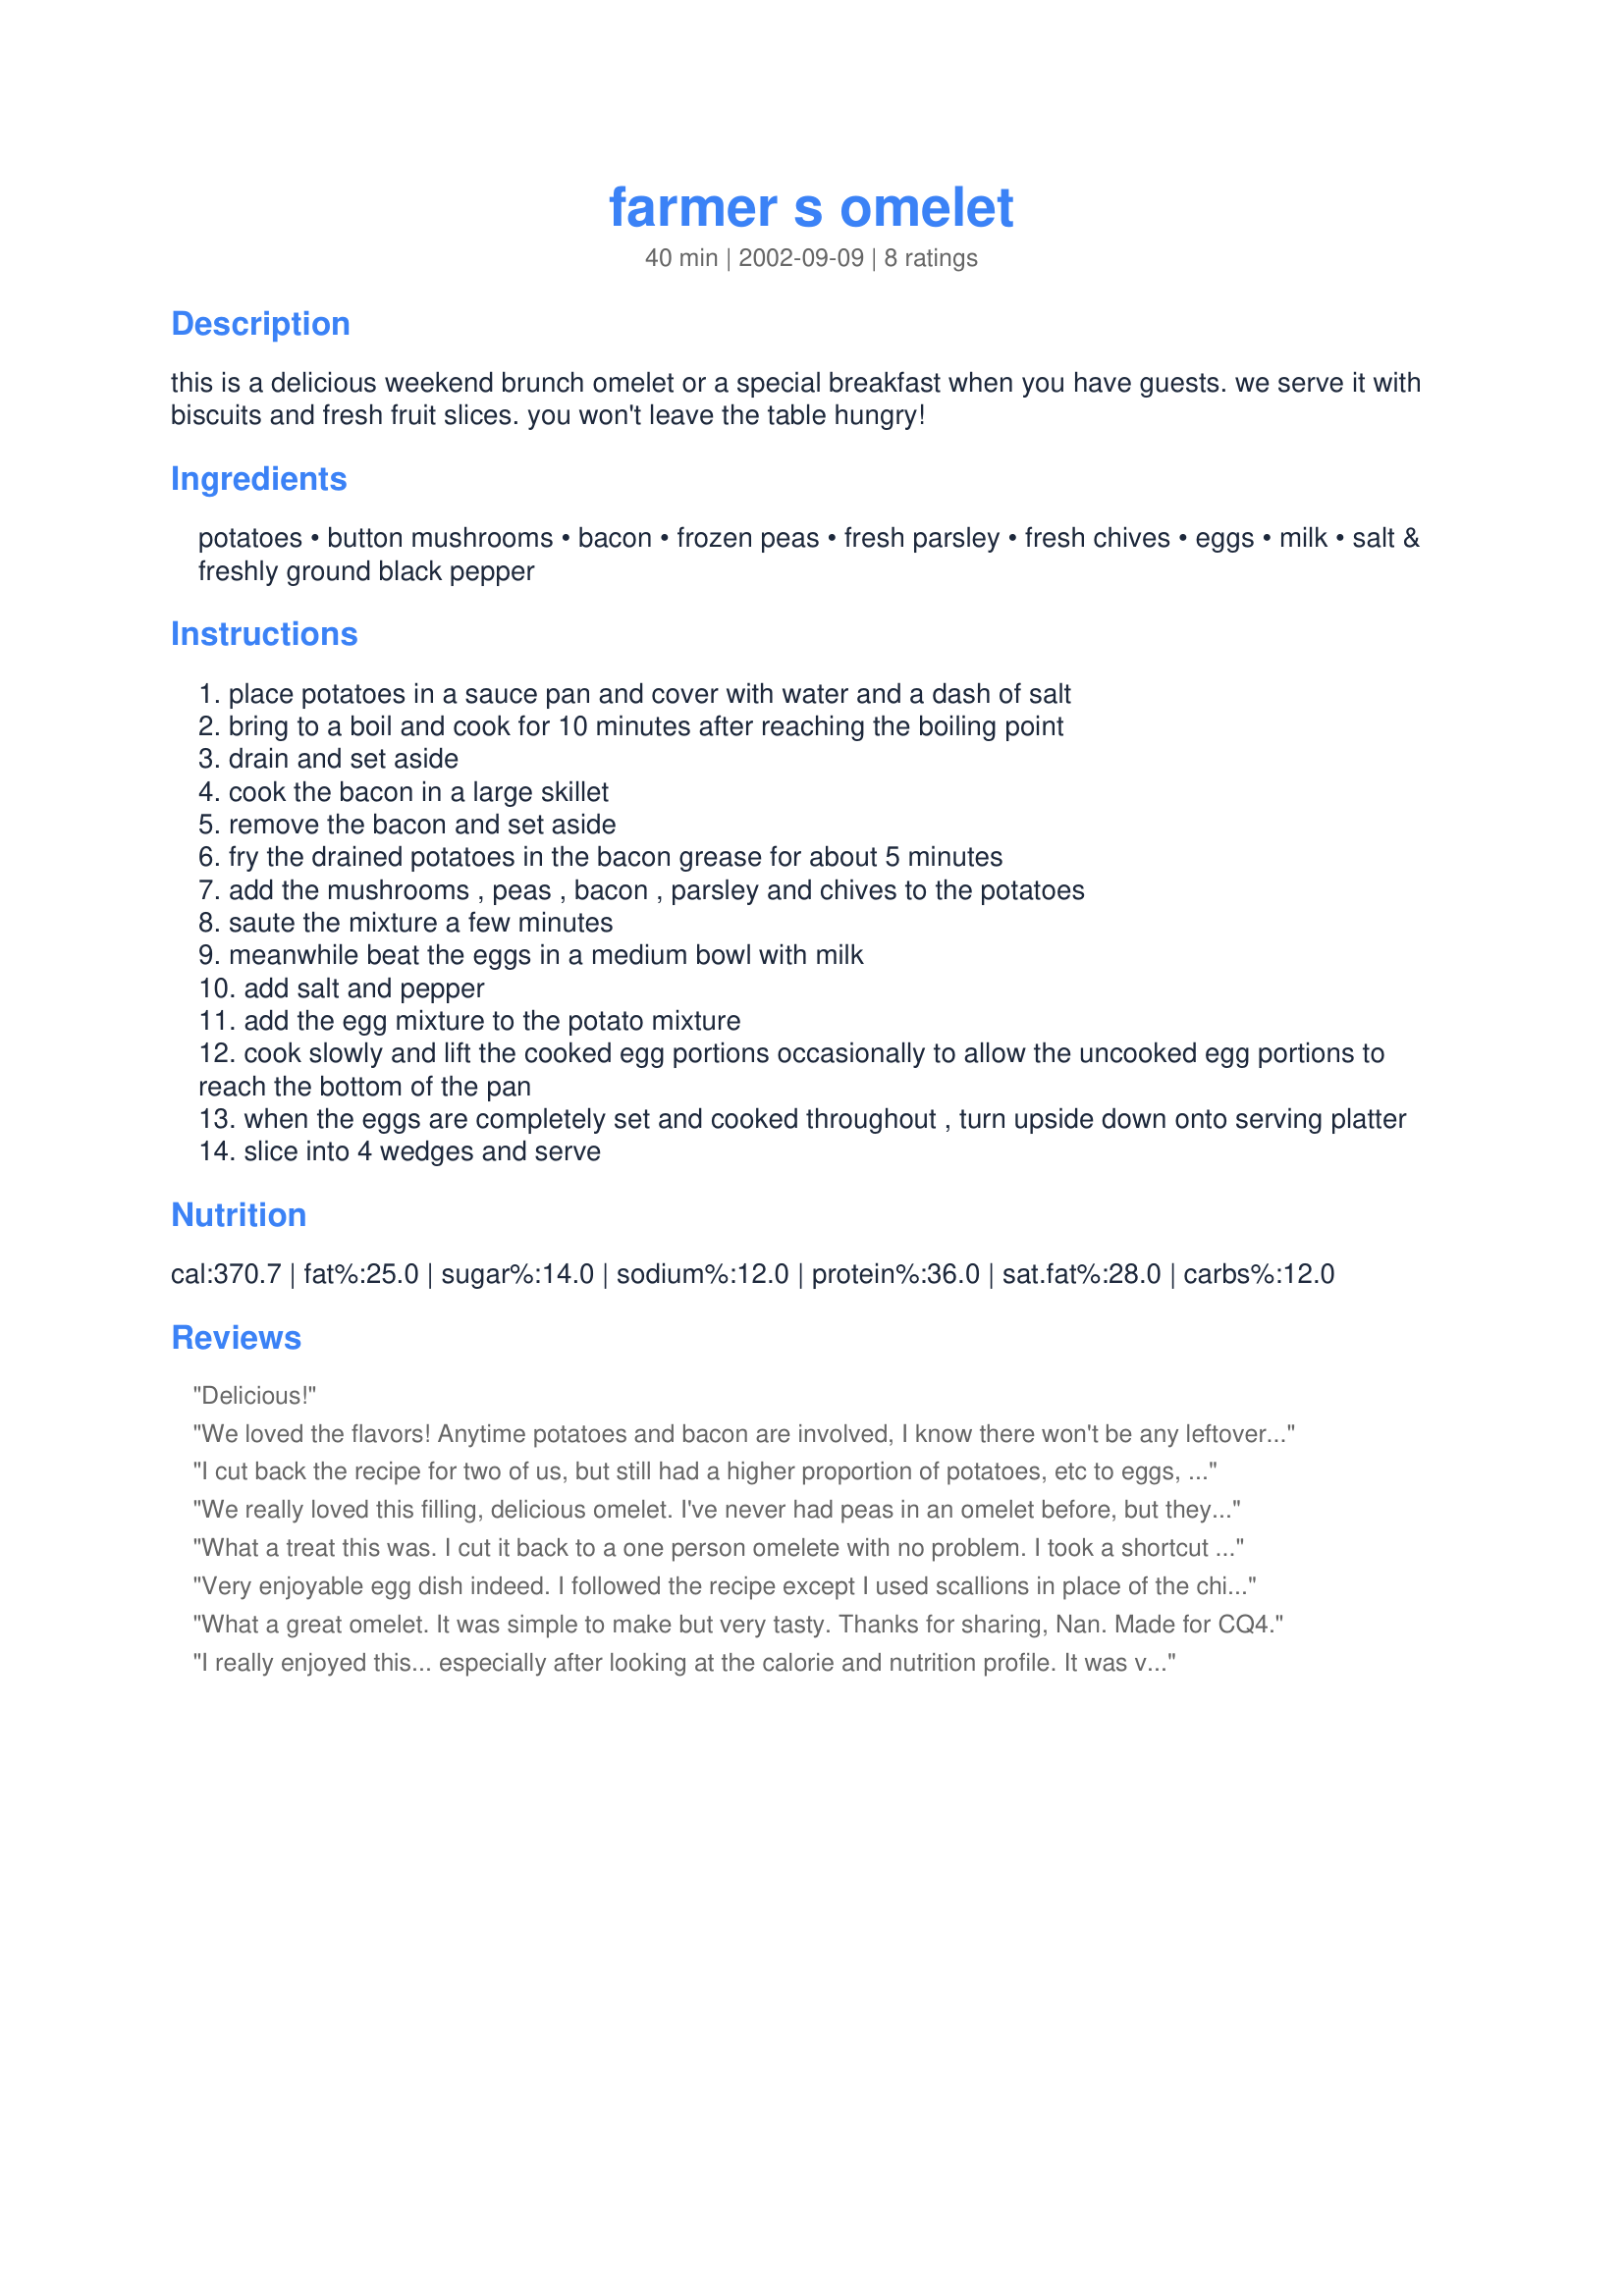
farmer s omelet
Preparation time: 40 minutes

this is a delicious weekend brunch omelet or a special breakfast when you have guests. we serve it with biscuits and fresh fruit slices. you won't leave the table hungry!

Ingredients:
potatoes, button mushrooms, bacon, frozen peas, fresh parsley, fresh chives, eggs, milk, salt & freshly ground black pepper

Steps:
place potatoes in a sauce pan and cover with water and a dash of salt
bring to a boil and cook for 10 minutes after reaching the boiling point
drain and set aside
cook the bacon in a large skillet
remove the bacon and set aside
fry the drained potatoes in the bacon grease for about 5 minutes
add the mushrooms , peas , bacon , parsley and chives to the potatoes
saute the mixture a few minutes
meanwhile beat the eggs in a medium bowl with milk
add salt and pepper
add the egg mixture to the potato mixture
cook slowly and lift the cooked egg portions occasionally to allow the uncooked egg portions to reach the bottom of the pan
when the eggs are completely set and cooked throughout , turn upside down onto serving platter
slice into 4 wedges and serve

Reviews:
Delicious!
We loved the flavors! Anytime potatoes and bacon are involved, I know there won't be any leftovers. I made the full recipe for 2 people and we ate it all! The only change I'll make next time is to turn this into a scrambled eggs recipe. By the time the thick layer of egg mixture was cooked, the bottom had almost burned. I was able to take that layer off and all was good, but next time I think I'll just scramble the eggs into the veggie/bacon mixture. Thank you for such a yummy breakfast treat!
I cut back the recipe for two of us, but still had a higher proportion of potatoes, etc to eggs, so my &quot;omelet&quot; turned into a &quot;scramble&quot; but that's ok - the taste was the same and it was great!!! I also happened to have bacon flavored salt and used that, too! Made for CQ4
We really loved this filling, delicious omelet. I've never had peas in an omelet before, but they worked really well with the mushrooms, bacon, and potates. I made it in my cast iron skillet and after adding the eggs, I cooked it on the stovetop until the bottom was set. I then put it under the broiler to finish cooking. I ate my plain, but my hubby put salsa on his (I doubt the Welsh do this). **Made for 2017 Culinary Quest - Wales for the Smok'in Chefs**
 What a treat this was. I cut it back to a one person omelete with no problem. I took a shortcut with the potatoes - I always make some extra oven fries on Saturday night and then warm them as hash browns for sunday Brunch - worked in this recipe too Thanks PanNam for a lovely Brinch
Very enjoyable egg dish indeed. I followed the recipe except I used scallions in place of the chives and crisped up the potatoes separately and again with the mushrooms. Because of the volume, it is quite difficult to roll it out of the skillet to form it into an omelet, therefore it was served as more of a frittata. Next time I will cook the egg mixture separately, top it with the filling and then roll it, but frittata is just fine too! Either way it is tasty and filling. We had it for a breakfast for dinner meal along with some French Toast. Thank you Pan Nan for sharing. Made it for CQ4, 2017 - Wales.
What a great omelet. It was simple to make but very tasty. Thanks for sharing, Nan. Made for CQ4.
I really enjoyed this... especially after looking at the calorie and nutrition profile. It was very tasty and tasted well reheated for my lunch the next day.
